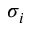
\sigma _ { i }